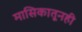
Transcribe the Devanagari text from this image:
मासिकातूनही